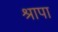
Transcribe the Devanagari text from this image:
श्रापा